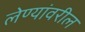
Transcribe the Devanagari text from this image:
लेण्यांवरील